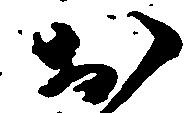
お